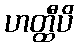
ဟတ္ထီပိ